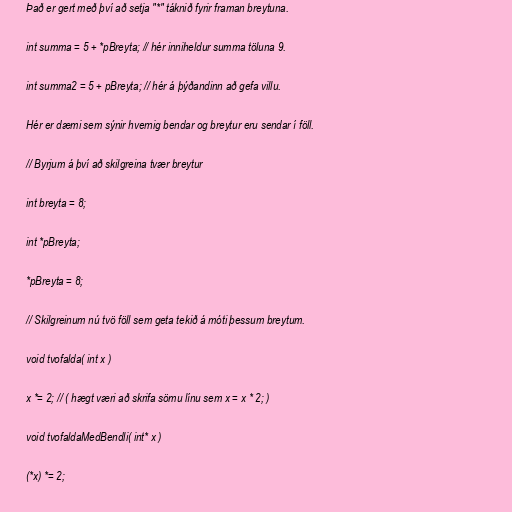
Það er gert með því að setja "*" táknið fyrir framan breytuna.

int summa = 5 + *pBreyta; // hér inniheldur summa töluna 9.

int summa2 = 5 + pBreyta; // hér á þýðandinn að gefa villu.

Hér er dæmi sem sýnir hvernig bendar og breytur eru sendar í föll.

// Byrjum á því að skilgreina tvær breytur

int breyta = 8;

int *pBreyta;

*pBreyta = 8;

// Skilgreinum nú tvö föll sem geta tekið á móti þessum breytum.

void tvofalda( int x )

x *= 2; // ( hægt væri að skrifa sömu línu sem x = x * 2; )

void tvofaldaMedBendli( int* x )

(*x) *= 2;